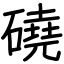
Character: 磽